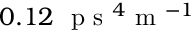
0 . 1 2 ~ \mathrm { ~ p ~ s ~ } ^ { 4 } \mathrm { ~ m ~ } ^ { - 1 }